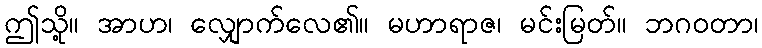
ဤသို့။ အာဟ၊ လျှောက်လေ၏။ မဟာရာဇ၊ မင်းမြတ်။ ဘဂဝတာ၊